Vital statistics of India. Vol. IV, Annual returns from 1871 to 1876. British Army of India, Native Army and jails of Bengal
Year: 1871
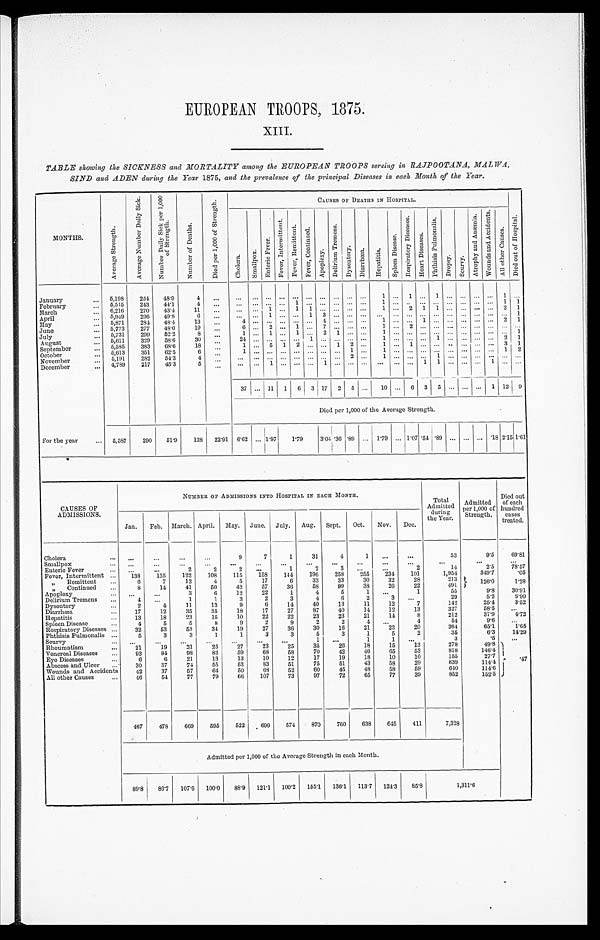
EUROPEAN TROOPS, 1875.
XIII.
TABLE showing the SICKNESS and MORTALITY among the EUROPEAN TROOPS serving in RAJPOOTANA, MALWA,
SIND and ADEN during the Year 1875, and the prevalence of the principal Diseases in each Month of the Year.
MONTHS.
A v e r a g e S t r e n g t h .
A v e r a g e N u m b e r D a i l y S i c k . N u m b e r D a i l y S i c k p e r 1 , 0 0 0
o f S t r e n g t h .
N u m b e r o f D e a t h s .
D i e d p e r 1 , 0 0 0 o f S t r e n g t h .
C A U S E S O F D E A T H S I N H O S P I T A L .
D i e d o u t o f H o s p i t a l .
C h o l e r a .
S m a l l p o x .
E n t e r i c F e v e r .
F e v e r , I n t e r m i t t e n t . F e v e r , R e m i t t e n t . F e v e r , C o n t i n u e d .
A p o p l e x y .
D e l i r i u m T r e m e n s .
D y s e n t e r y . D i a r r h œ a . H e p a t i t i s .
S p l e e n D i s e a s e .
R e s p i r a t o r y D i s e a s e s .
H e a r t D i s e a s e s .
P h t h i s i s P u l m o n a l i s .
D r o p s y . S c u r v y .
A t r o p h y a n d A n æ m i a .
W o u n d s a n d A c c i d e n t s .
A l l o t h e r C a u s e s .
January
5,198 254 48.9 4
1
1
1
1
February
6,515 243 44.1 4
1
1
1 1
March
6,216 270 43.4 11
1
1 1
1
2 1 1
2 1
April
5,949 296 49.8
6
1
1 3
1
May
5,871 284 48.4 13
4
4
1
1
2 1
June
5,773 277 48.0 19
6
2
1
7
1
2
July
5,731 299 52.2 8
1
1
1
2 1
1
1
August
5,611 329 58.6 30
2 4
1
1
2 1
September
5,585 383 68.6 18
1
5 1 2
1 2
1
1
3 1
October
5,613 351 62.5
6
1
1
1
1
1 2
November
5 , 1 9 1 282 54.3 4
2
1
1
December
4,789 217 45.3 5
1
1
1 1
1
37 11 1 6 3 17 2 5
10
6 3 5
1 12 9
Died per 1,000 of the Average Strength.
For the year
5 , 5 8 7 290 51.9 128 22.91 6.62 1.97 1 . 7 9
3 . 0 4 . 3 6 .89
1.79 1. 07 . 54 .89
.18 2. 15 1.61
CAUSES OF
ADMISSIONS.
NUMBER OF ADMISSIONS INTO HOSPITAL IN EACH MONTH.
Total
Admitted during
the Year.
Admitted
Per 1,000 of
Strength.
Died out
of each
hundred cases
treated.
Jan. Feb. March.
A p r i l . May. June. July. Aug. Sept. Oct. Nov. Dec.
Chol era
9
7 1 31
4
1
53
9.5 69.81
Smallpox Enteric Fever
2
2
2
1
2
3
2
14
2.5 78.57
Fever, Intermittent
138 125 122 108 115 158 144 196 258 255
2 3 4 101
1,954
349.7 .05
„ Remittent
6
7 12
4
5 17
6 33 33 30 32 28
213
126.0 1.28
„ Continued
8 14 41 50 42 57 36 58 99 38 26 22
491
Apoplexy
3
6 12 22
1
4
5 1
1
55
9.8 30.91
Delirium Tremens
4
1
1
3
2
3
4
6
2 3
29
5.2 6.90
Dysentery
2
4 11 13
9
6 14 40 13 11 12
7
142
25.4 3.52
Diarrhœa 17 12 35 35 18 17 27 87 40 14 12 13
327
58.5
Hepatitis
13 18 23 15 10 22 22 23 23 21 14
8
212
37.9 4.72
Spl een Di sease
4
5
5
8
9
2
9
2
2
4
4
54
9.6
Respiratory Diseases
32 53 53 34 19 27 36 30 16 21 23 20
364
65.1 1.65
Phthisis Pulmonalis
5
3
3
1
1
3
3
5
3
1
5
2
35
6.3 14.29
Scurvy
1
1
1
3
.5
Rheumatism
21 19 31 25 27 23 25 35 26 18 15 13
278
49.8 . 47
Venereal Di seases
93 84 98 82 59 68 58 70 42 46 65 53
818
146.4
Eye Diseases
6
6 21 13 13 10 12 17 19 18 10 10
155
2 7 . 7
A b s c e s s a n d U l c e r 30 37 74 55 53 83 51 75 51 43 58 29
639
1 1 4 . 4
Wounds and Accidents 42 37 57 64 50 68 52 60 45 48 58 59
640
1 1 4 . 6
All other Causes
46 54 77 79 66 107 73 97 72 65 77 39
852
1 5 2 . 5
467 478 669 595 522 699 574 870 760 638 645 411
7,328
Admitted per 1,000 of the Average Strength in each Month.
89.8 86.7 107.6 100.0 88.9 121.1 100.2 155.1 136.1 113.7 124.3 85.8
1 , 3 1 1 . 6